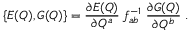
\{ E ( Q ) , G ( Q ) \} = { \frac { { \partial E ( Q ) } } { { \partial Q ^ { a } } } } \; f _ { a b } ^ { - 1 } \; { \frac { { \partial G ( Q ) } } { { \partial Q ^ { b } } } \; . }